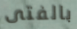
بالفتى